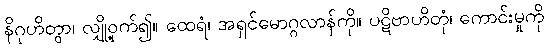
နိဂုဟိတွာ၊ လျှို့ဝှက်၍။ ထေရံ၊ အရှင်မောဂ္ဂလာန်ကို။ ပဋိဗာဟိတုံ၊ ကောင်းမှုကို